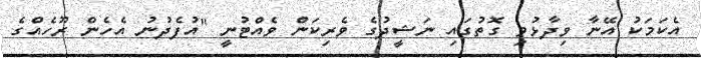
އެކަމަކު އޭނާ ވިދާޅުވި ގޮތުގައި ނަޝީދުގެ ވެރިކަން ވެއްޓުނީ "އުފެދުނު އެހެން ރޫހެއްގެ